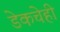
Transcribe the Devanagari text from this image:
डेकचेही